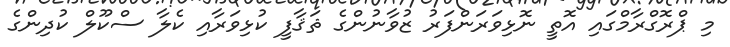
މި ޕްރޮގްރާމްގައި އޮތީ ނޮޅިވަރަންފަރު ޒުވާނުންގެ ޘަޤާފީ ކުޅިވަރާއި ކެލާ ސްކޫލް ކުދިންގެ